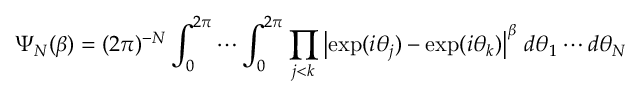
\Psi _ { N } ( \beta ) = ( 2 \pi ) ^ { - N } \int _ { 0 } ^ { 2 \pi } \cdots \int _ { 0 } ^ { 2 \pi } \prod _ { j < k } \left\vert \exp ( i \theta _ { j } ) - \exp ( i \theta _ { k } ) \right\vert ^ { \beta } \, d \theta _ { 1 } \cdots d \theta _ { N }